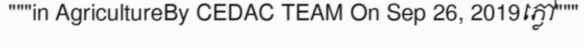
"""in AgricultureBy CEDAC TEAM On Sep 26, 2019ភ្លៅ"""